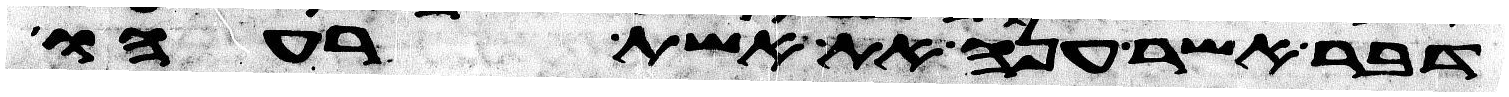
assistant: דבר אשר ענה את אשת רעהו